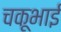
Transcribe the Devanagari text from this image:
चकूभाई